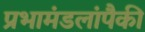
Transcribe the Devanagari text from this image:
प्रभामंडलांपैकी